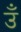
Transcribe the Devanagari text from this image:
उँ